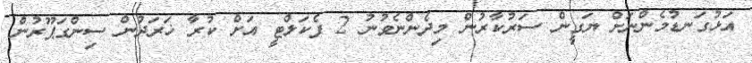
އަޅުގަނޑުމެންނަށް ޔަގީން ސަރުކާރުން މިދެންނެވުނު 2 ފެކަލްޓީ އަށް ކުރާ ޚަރަދުން ސިންގަޕޫރުން